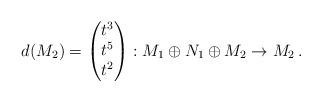
LaTeX: \begin{align*}d(M_2) = \begin{pmatrix} t^3 \\ t^5 \\ t^2 \end{pmatrix} : M_1 \oplus N_1 \oplus M_2\to M_2\,.\end{align*}